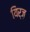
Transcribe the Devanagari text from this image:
यिर्ज़